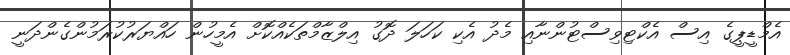
އެމްޑީޕީގެ އިސް އެކްޓިވިސްޓުންނާއި މެދު އެކި ކަހަލަ ދޮގު އިލްޒާމްތަކެއްކޮށް އެމީހުން ހައްޔަރުކުރަމުންގެންދަނީ